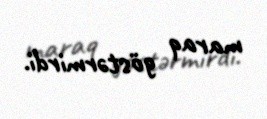
maraq göstərmirdi.